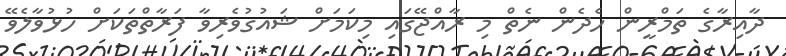
ދާއިރާގެ ތަމްރީން ހެދެން ނެތް މި ރާއްޖޭގައި މިކަމަށް ޝައުގުވެރިވާ ފަރާތްތަކަށް ހުޅުވާލެވޭ